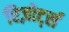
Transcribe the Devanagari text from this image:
रिज़ोर्ट्स